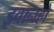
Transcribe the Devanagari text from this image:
इवानहो